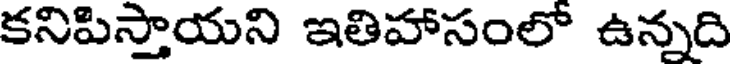
కనిపిస్తాయని ఇతిహాసంలో ఉన్నది